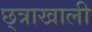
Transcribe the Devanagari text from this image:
छ्त्राखाली